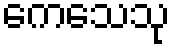
ကေသေသု